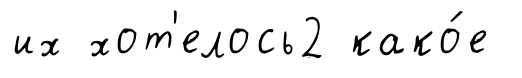
их хот'елось2 како́е